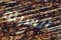
السيئه